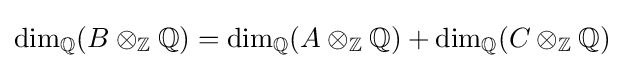
\dim _{\mathbb {Q} }(B\otimes _{\mathbb {Z} }\mathbb {Q} )=\dim _{\mathbb {Q} }(A\otimes _{\mathbb {Z} }\mathbb {Q} )+\dim _{\mathbb {Q} }(C\otimes _{\mathbb {Z} }\mathbb {Q} )